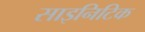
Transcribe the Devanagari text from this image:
साइनिटिक